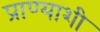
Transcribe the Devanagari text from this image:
प्राण्याशी